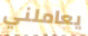
يعاملني